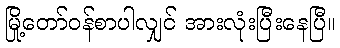
မြို့တော်ဝန်စာပါလျှင် အားလုံးပြီးနေပြီ။